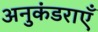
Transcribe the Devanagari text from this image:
अनुकंडराएँ